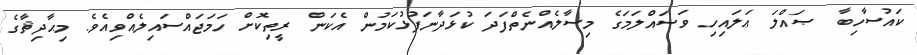
ކައުސާހިބާ ޞައްލަ ޢަލައިހި ވަސައްލަމަގެ މިސާލެއްނެތްފަދަ ކުޅަދާނަފުޅުކަމުން އެކަން ރީތިކޮށް ހަމަޖައްސައިލެއްވިއެވެ. މިޙާދިޘާގެ